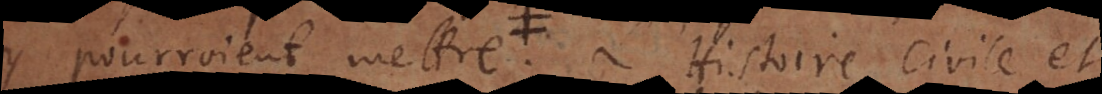
pourroient mettre, L’Histoire civile et